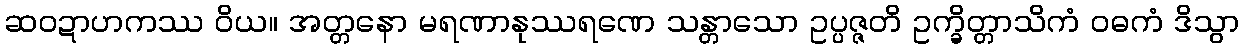
ဆဝဍာဟကဿ ဝိယ။ အတ္တနော မရဏာနုဿရဏေ သန္တာသော ဥပ္ပဇ္ဇတိ ဥက္ခိတ္တာသိကံ ဝဓကံ ဒိသွာ